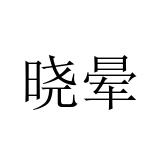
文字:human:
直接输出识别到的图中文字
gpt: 晓晕